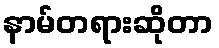
နာမ်တရားဆိုတာ